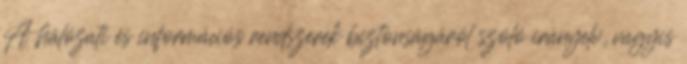
A hálózati és információs rendszerek biztonságáról szóló irányelv, vagyis